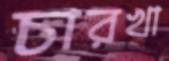
চারখা